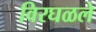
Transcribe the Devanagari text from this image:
विरघळले